Scottish Certificate of Education, 1963
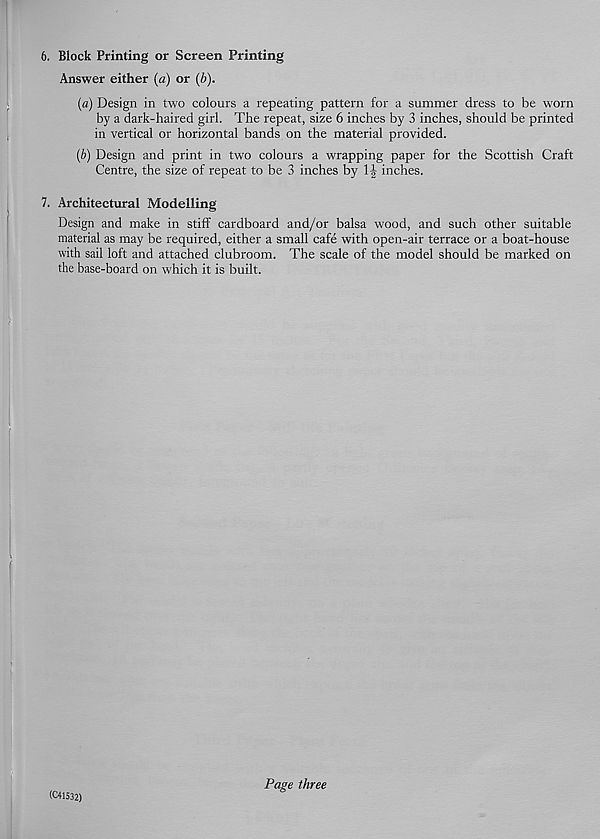
6. Block Printing or Screen Printing
Answer either (a) or {b).
(a) Design in two colours a repeating pattern for a summer dress to be worn
by a dark-haired girl. The repeat, size 6 inches by 3 inches, should be printed
in vertical or horizontal bands on the material provided.
{b) Design and print in two colours a wrapping paper for the Scottish Craft
Centre, the size of repeat to be 3 inches by 1| inches.
7. Architectural Modelling
Design and make in stiff cardboard and/or balsa wood, and such other suitable
material as may be required, either a small cafe with open-air terrace or a boat-house
with sail loft and attached clubroom. The scale of the model should be marked on
the base-board on which it is built.
(C41532)
Page three